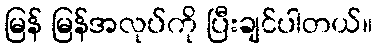
မြန် မြန်အလုပ်ကို ပြီးချင်ပါတယ်။